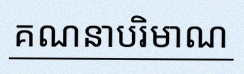
គណនាបរិមាណ